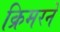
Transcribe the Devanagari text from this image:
क्रिमरने